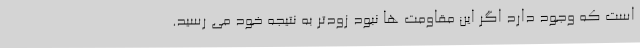
است که وجود دارد اگر این مقاومت ها نبود زودتر به نتیجه خود می رسید.